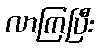
လာကြပြီး